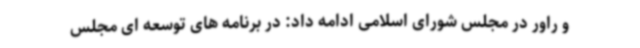
و راور در مجلس شورای اسلامی ادامه داد: در برنامه های توسعه ای مجلس